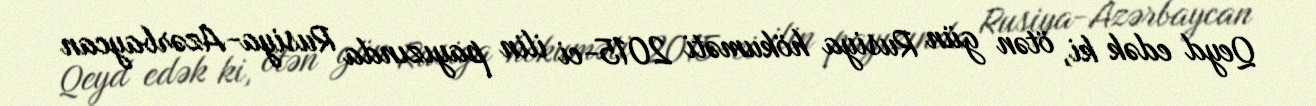
Qeyd edək ki, ötən gün Rusiya hökuməti 2015-ci ilin payızında Rusiya-Azərbaycan